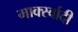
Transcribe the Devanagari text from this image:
मार्क्स्वादी